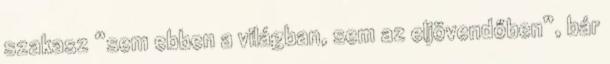
szakasz “sem ebben a világban, sem az eljövendőben”, bár